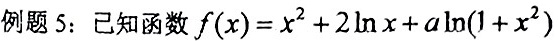
例题 5：已知函数$f(x)=x^{2}+2\ln x+a\ln(1 + x^{2})$